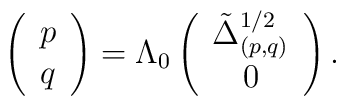
\left(\begin{array}{c}      p\\      q \end{array} \right) = \Lambda_0 \left(\begin{array}{c}     \tilde{\Delta}_{(p,q)}^{1/2} \\      0 \end{array} \right).